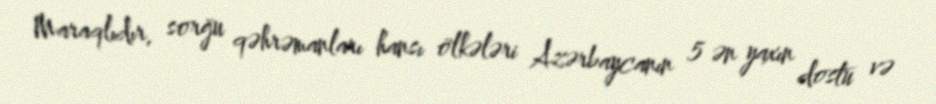
Maraqlıdır, sorğu qəhrəmanları hansı ölkələri Azərbaycanın 5 ən yaxın dostu və